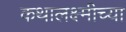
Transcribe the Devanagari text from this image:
कथालक्ष्मीच्या